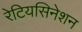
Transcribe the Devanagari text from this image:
रेटियसिनेशन